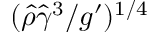
( \hat { \rho } \hat { \gamma } ^ { 3 } / g ^ { \prime } ) ^ { 1 / 4 }